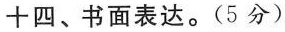
十四、书面表达。(5分)